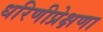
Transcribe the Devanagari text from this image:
धरिणीप्रेक्षणा